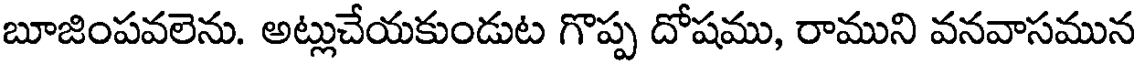
బూజింపవలెను. అట్లుచేయకుండుట గొప్ప దోషము, రాముని వనవాసమున